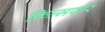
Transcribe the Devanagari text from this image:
फिल्मफोर